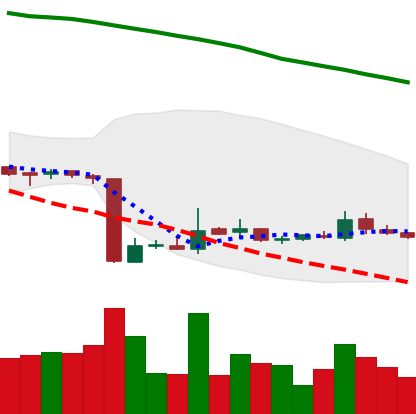
Ticker: ETC-USD
Chart end date: 2018-10-25
Forward return: -6.607%
Label: down_5_7